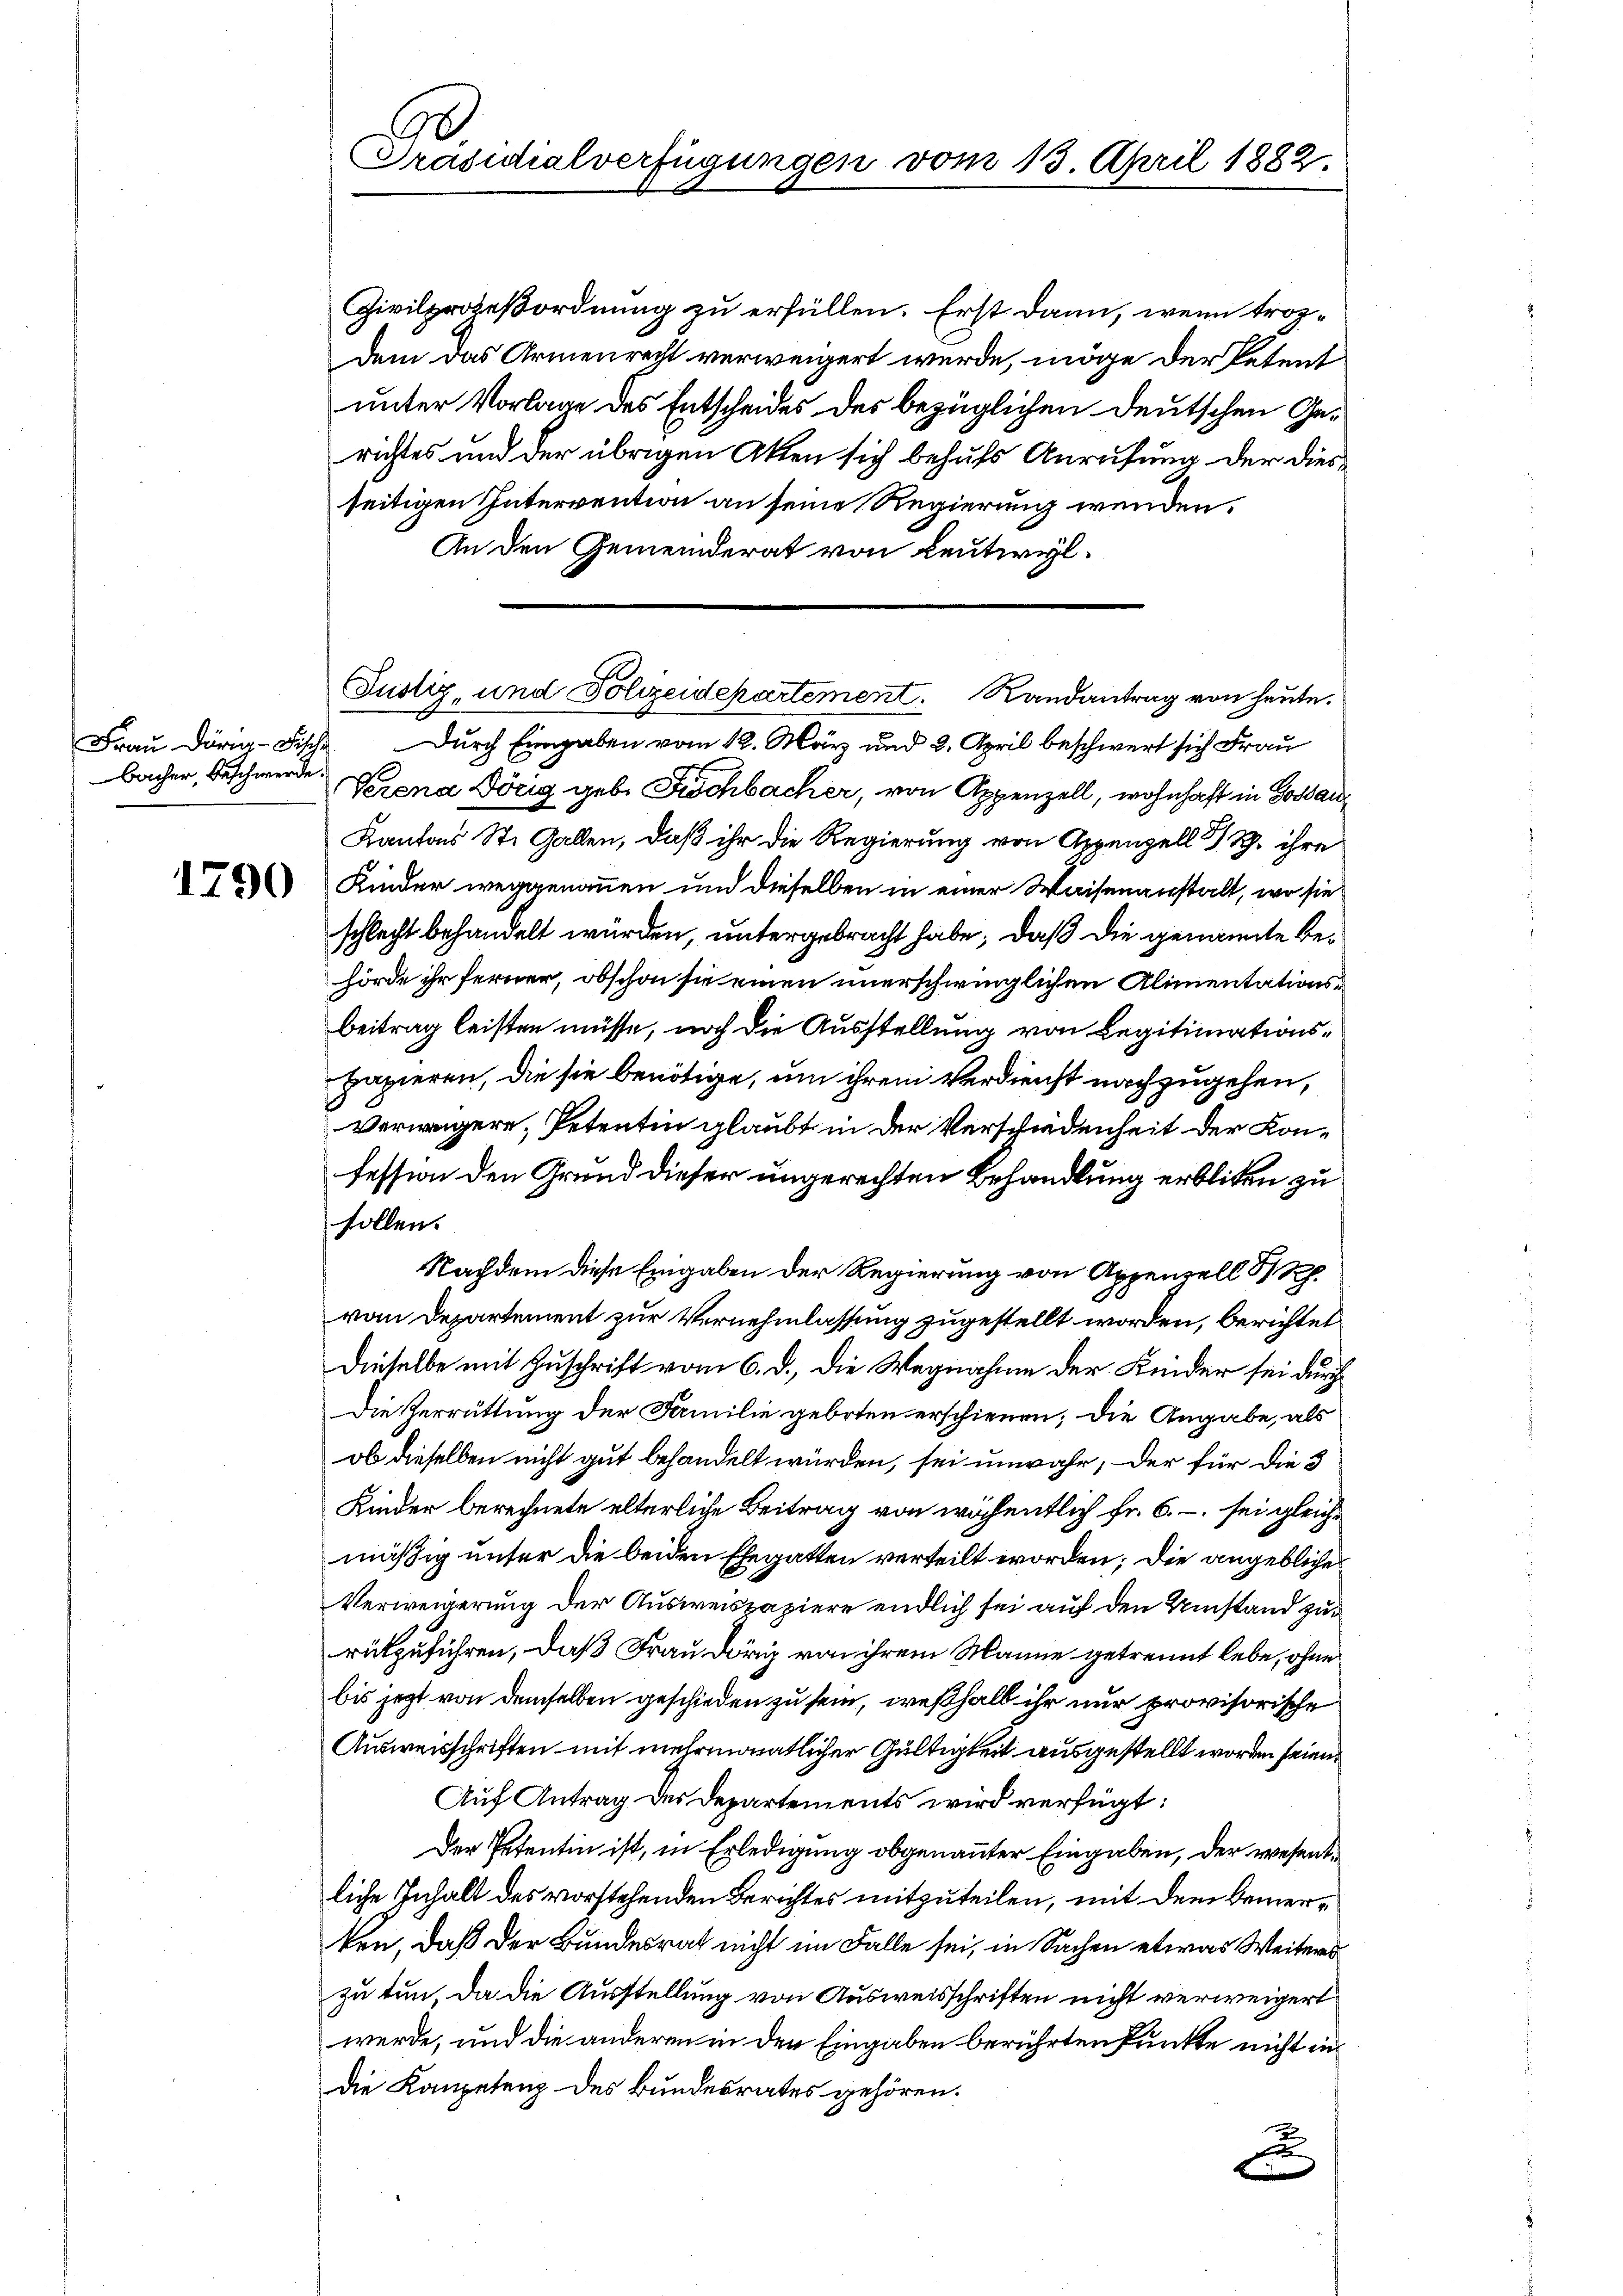
Bacher, Beschwerde.

1790

Präsidialverfügungen vom 13. April 1882.

Justiz, und Polizeidepartement. Randantrag von heute.
Frau Dr. Fische. Durch Eingaben vom 12. März und 2. April beschwert sich Frau

Zivilprozeßordnung zu erfüllen. Erst dann, wenn trozdem das Armenrecht verweigert werde, möge der Petent
unter Vorlage des Entscheides des bezüglichen Deutschen Gerichtes und der übrigen Akten sich behufs Anrufung der diesseitigen Intervention an seine Regierung wenden.
An den Gemeinderat von Leutwyl¬
Verena Dörig geb. Fischbacher, von Appenzell, wohnhaft in Gossau
Kantons St. Gallen, daß ihr die Regierung von Appenzell I/Rh. ihre
Kinder weggenommen und dieselben in einer Waisenanstalt, wo sie
schlecht behandelt würden, untergebracht habe; daß die genannte Behörde ihr ferner, obschon sie einen unerschwinglichen Alimentations¬
Beitrag leisten müsse, noch die Ausstellung von Legitimationspapieren, die sie benötige, um ihrem Verdienst nachzugehen,
Verweigere, Petentin glaubt in der Verschiedenheit der Konfession den Grund dieser ungerechten Behandlung erbliten zu
sollen.
Nachdem diese Eingaben der Regierung von Appenzell 3 Rp.
vom Departement zur Vernehmlassung zugestellt worden, berichtet
dieselbe mit Zuschrift vom 6. d., die Wegnahme der Kinder sei durch
Die Zerrüttung der Familie geboten erschienen; die Angabe, als
ob dieselben nicht gut behandelt würden, sei unwahr, der für die 3
Kinder berechnete elterliche Beitrag von wöchentlich fr. 6. sei gleichmäßig unter die beiden Ehegatten verteilt worden; die angebliche¬
Verweigerung der Ausweispapiere endlich sei auf den Umstand zurükzuführen, daß Frau Dörig von ihrem Manne getrennt lebe, ohne
bis jetzt von demselben geschieden zu sein, weßhalb ihr nur provisorische
Ausweisschriften mit mehrmonatlicher Gültigkeit ausgestellt worden seien.
Auf Antrag der Departements wird verfügt:
Der Petentin ist, in Erledigung obgenannter Eingaben, der wesent
liche Inhalt des vorstehenden Berichtes mitzuteilen, mit dem Bemerten, daß der Bundesrat nicht im Falle sei, in Sachen etwas Weiters
zu tun, da die Ausstellung von Ausweisschriften nicht verweigert
werde, und die anderen in den Eingaben berührten Punkte nicht in
die Kompetenz des Bundesrates gehören.
F